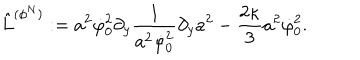
\hat { L } ^ { ( \phi ^ { N } ) } : = a ^ { 2 } \dot { \varphi } _ { 0 } ^ { 2 } \partial _ { y } { \frac { 1 } { a ^ { 2 } \dot { \varphi } _ { 0 } ^ { 2 } } } \partial _ { y } a ^ { 2 } - { \frac { 2 \kappa } { 3 } } a ^ { 2 } \dot { \varphi } _ { 0 } ^ { 2 } .